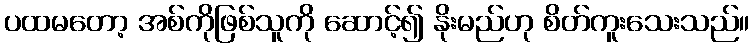
ပထမတော့ အစ်ကိုဖြစ်သူကို ဆောင့်၍ နိုးမည်ဟု စိတ်ကူးသေးသည်။